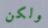
ولكن